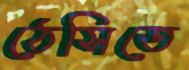
ঠেসিতে